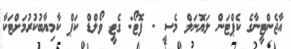
އާޖެންޓީނާގެ ކެޕްޓަން ލަޔޮނަލް މެސީ - ފޮޓޯ: ގެޓީ ވޯލްޑް ކަޕް ކާމިޔާބުކުރުމަށްޓަކާ